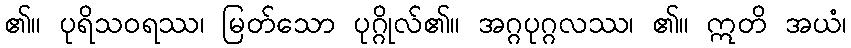
၏။ ပုရိသဝရဿ၊ မြတ်သော ပုဂ္ဂိုလ်၏။ အဂ္ဂပုဂ္ဂလဿ၊ ၏။ ဣတိ အယံ၊